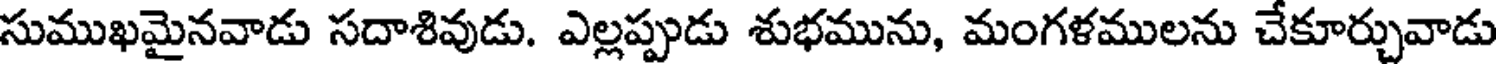
సుముఖమైనవాడు సదాశివుడు. ఎల్లప్పుడు శుభమును, మంగళములను చేకూర్చువాడు